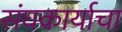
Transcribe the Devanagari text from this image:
संघकार्याचा